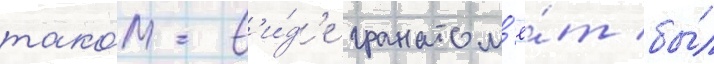
тако́м в'и́д'е гранатом'ё́т бы́л